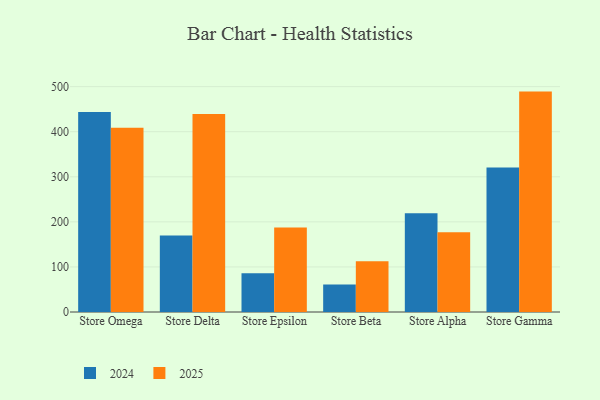
{"axis": {"x": "Store", "y": "Gross Profit (USD K)"}, "legend": ["2024", "2025"], "data": [{"x": "Store Omega", "y": 408.7, "type": "2025"}, {"x": "Store Omega", "y": 443.7, "type": "2024"}, {"x": "Store Delta", "y": 439.2, "type": "2025"}, {"x": "Store Delta", "y": 169.8, "type": "2024"}, {"x": "Store Epsilon", "y": 187.6, "type": "2025"}, {"x": "Store Epsilon", "y": 86.2, "type": "2024"}, {"x": "Store Beta", "y": 112.7, "type": "2025"}, {"x": "Store Beta", "y": 61.0, "type": "2024"}, {"x": "Store Alpha", "y": 176.8, "type": "2025"}, {"x": "Store Alpha", "y": 219.0, "type": "2024"}, {"x": "Store Gamma", "y": 489.0, "type": "2025"}, {"x": "Store Gamma", "y": 320.8, "type": "2024"}]}